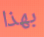
بهذا